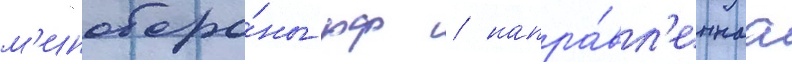
м'иноборо́ны рф / напра́вл'еннаа